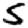
Digit: 5